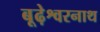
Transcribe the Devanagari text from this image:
बूढ़ेश्वरनाथ